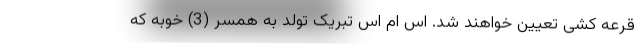
قرعه کشی تعیین خواهند شد. اس ام اس تبریک تولد به همسر (3) خوبه که